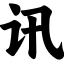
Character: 讯